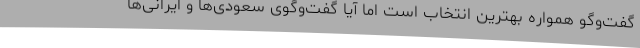
گفت‌وگو همواره بهترین انتخاب است اما آیا گفت‌وگوی سعودی‌ها و ایرانی‌ها